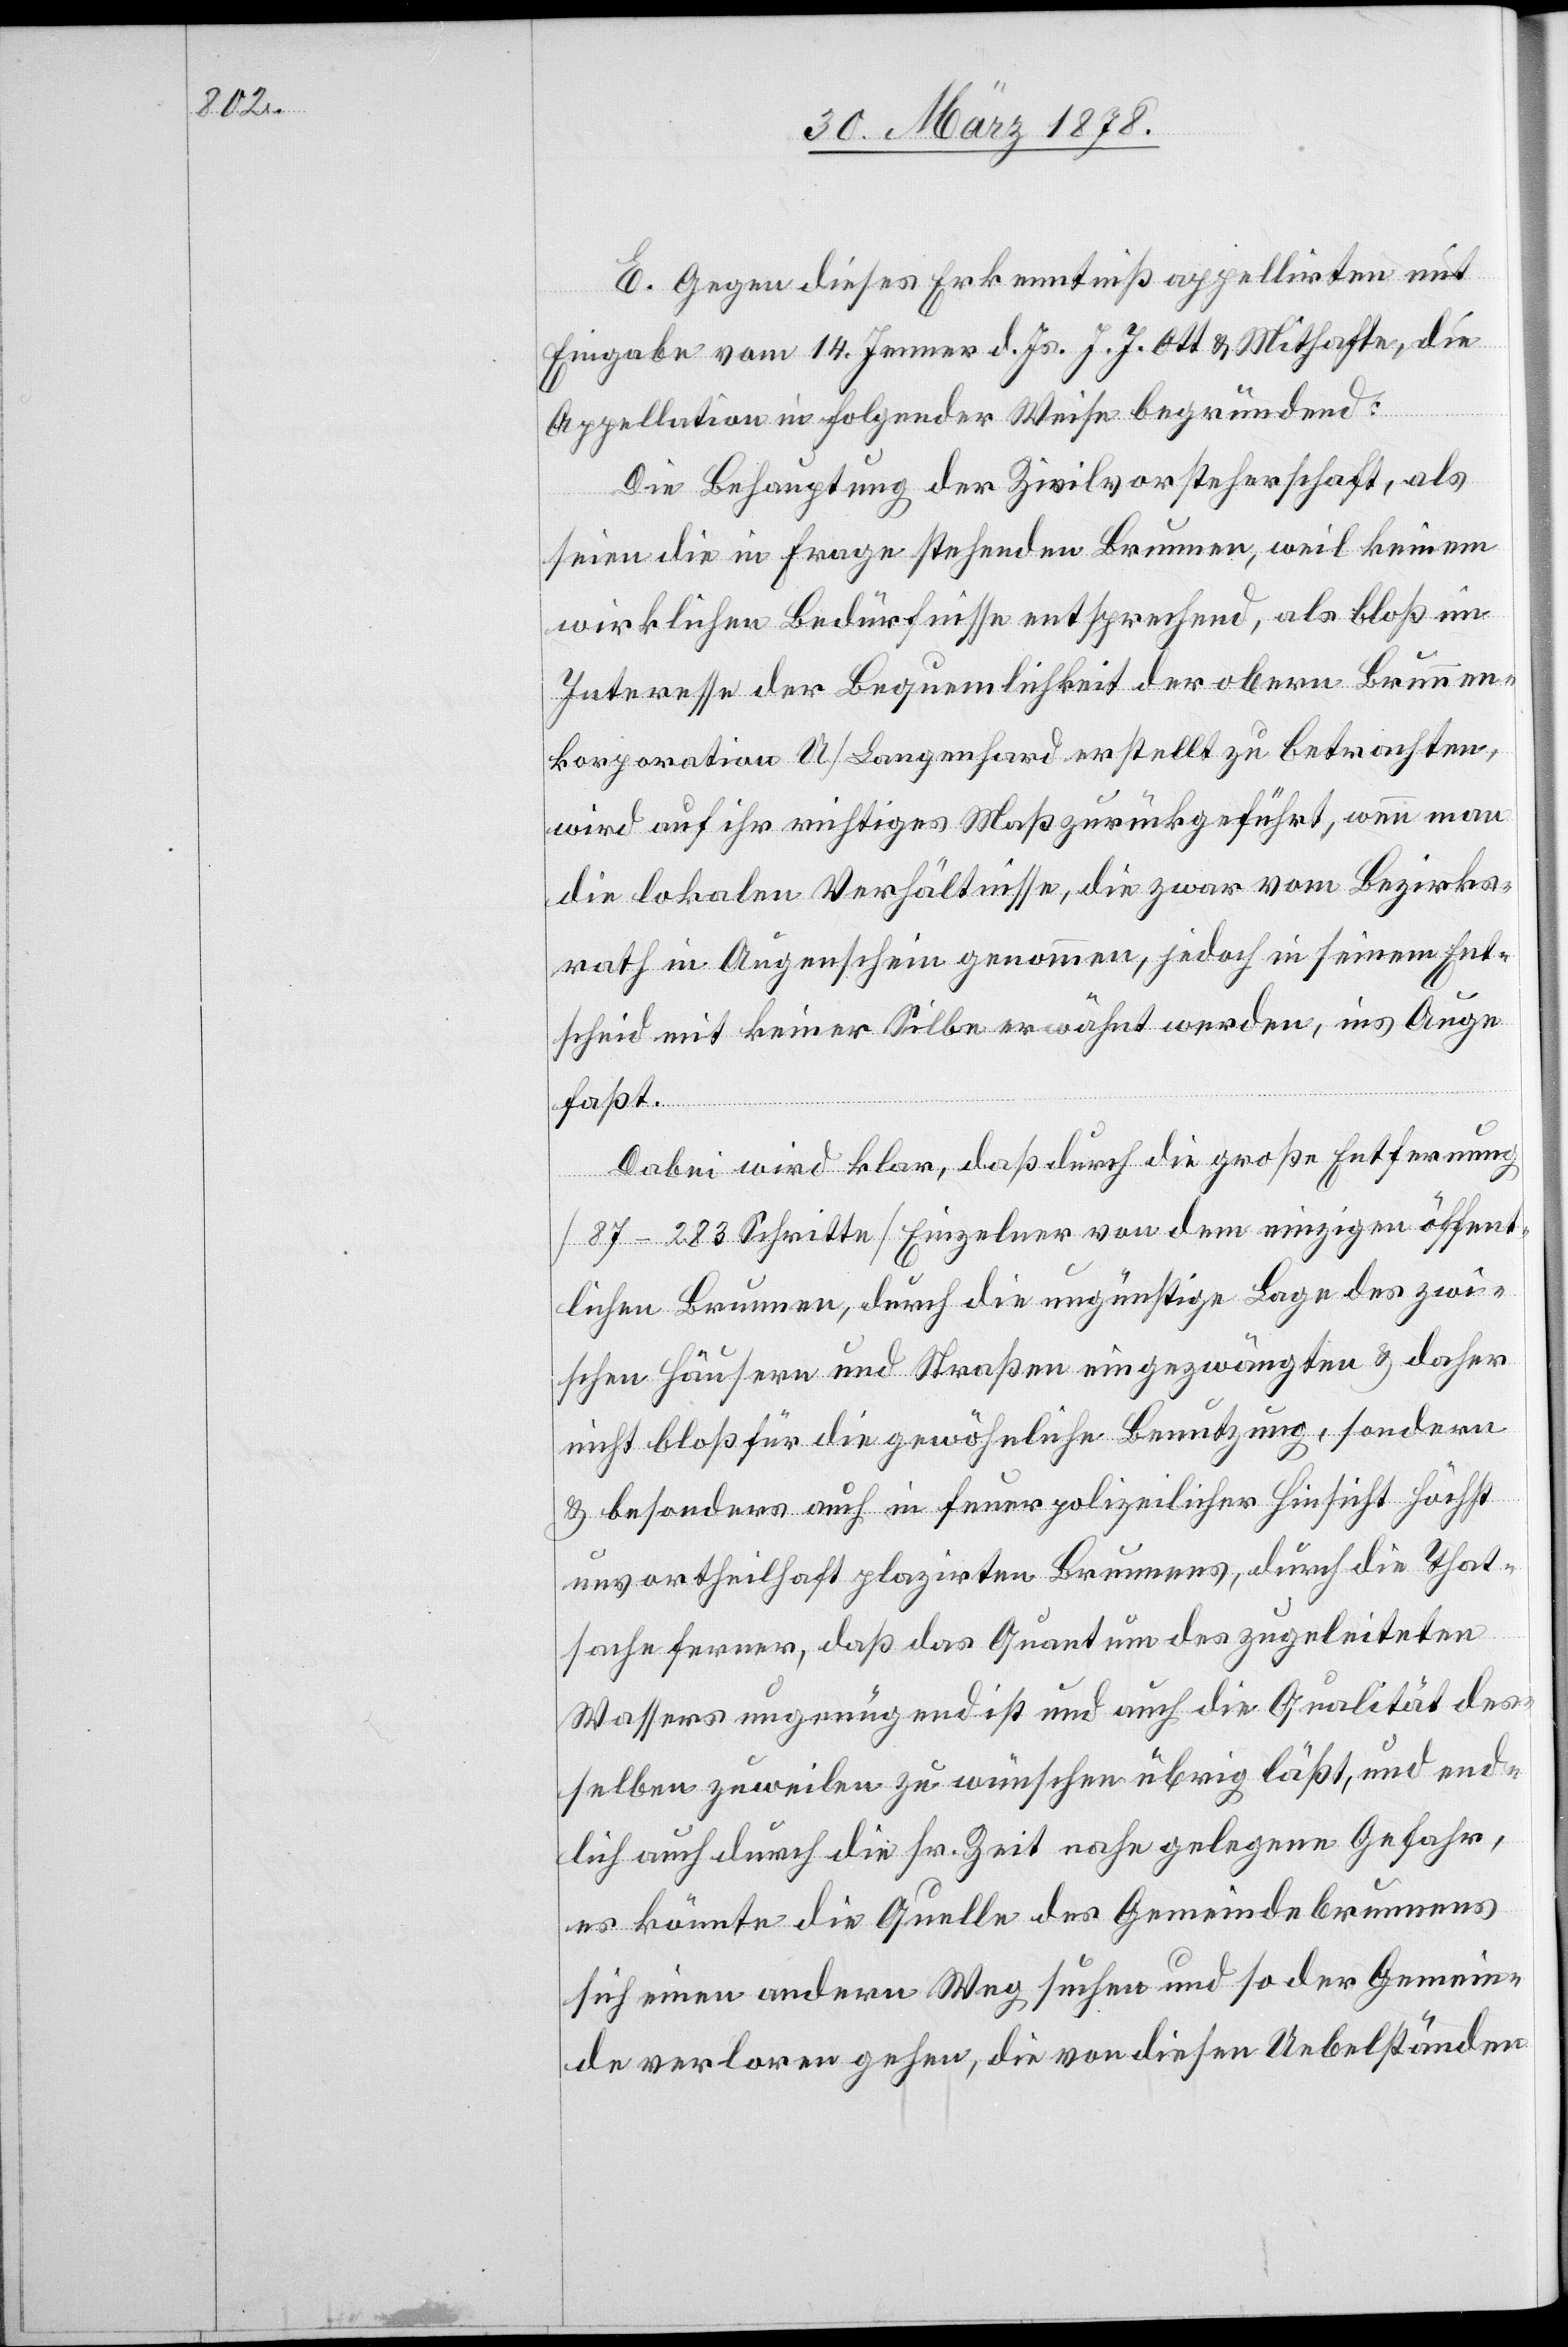
E. Gegen dieses Erkenntniß appellirten mit
Eingabe vom 14. Jenner d. Js. J. J. Ott & Mithafte, die
Appellation in folgender Weise begründend:
Die Behauptung der Zivilvorsteherschaft, als
seien die in Frage stehenden Brunnen, weil keinem
wirklichen Bedürfnisse entsprechend, als bloß im
Interesse der Bequemlichkeit der obern Brunnen¬
korporation U / Langenhard erstellt zu betrachten,
wird auf ihr richtiges Maß zurückgeführt, wenn man
die lokalen Verhältnisse, die zwar vom Bezirks¬
rath in Augenschein genommen, jedoch in seinem Ent¬
scheid mit keiner Silbe erwähnt werden, ins Auge
faßt.
Dabei wird klar, daß durch die große Entfernung
(87–283 Schritte) Einzelner von den einzigen öffent¬
lichen Brunnen, durch die ungünstige Lage des zwi¬
schen Häusern und Straßen eingezwängten & daher
nicht bloß für die gewöhnliche Benutzung, sondern
& besonders auch in feuerpolizeilicher Hinsicht höchst
unvortheilhaft plazirten Brunnens, durch die That¬
sache ferner, daß das Quantum des zugeleiteten
Wassers ungenügend ist und auch die Qualität des¬
selben zuweilen zu wünschen übrig läßt, und end¬
lich auch durch die sr. Zeit nahe gelegene Gefahr,
es könnte die Quelle des Gemeindebrunnens
sich einen andern Weg suchen und so der Gemein¬
de verloren gehen, die von diesen Uebelständen